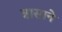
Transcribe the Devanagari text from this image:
त्रासाने